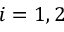
i = 1 , 2